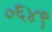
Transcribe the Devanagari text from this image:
०६४९